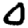
Digit: 0